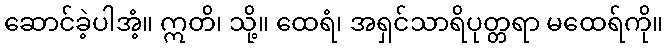
ဆောင်ခဲ့ပါအံ့။ ဣတိ၊ သို့။ ထေရံ၊ အရှင်သာရိပုတ္တရာ မထေရ်ကို။